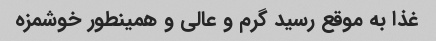
غذا به موقع رسید گرم و عالی و همینطور خوشمزه